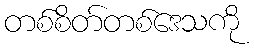
တစ်စိတ်တစ်ဒေသကို